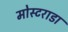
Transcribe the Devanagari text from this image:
मोस्टराडा